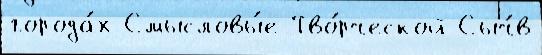
города́х Смысловы́е Тво́рческой Сыч́в